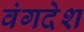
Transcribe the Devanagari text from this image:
वंगदेश